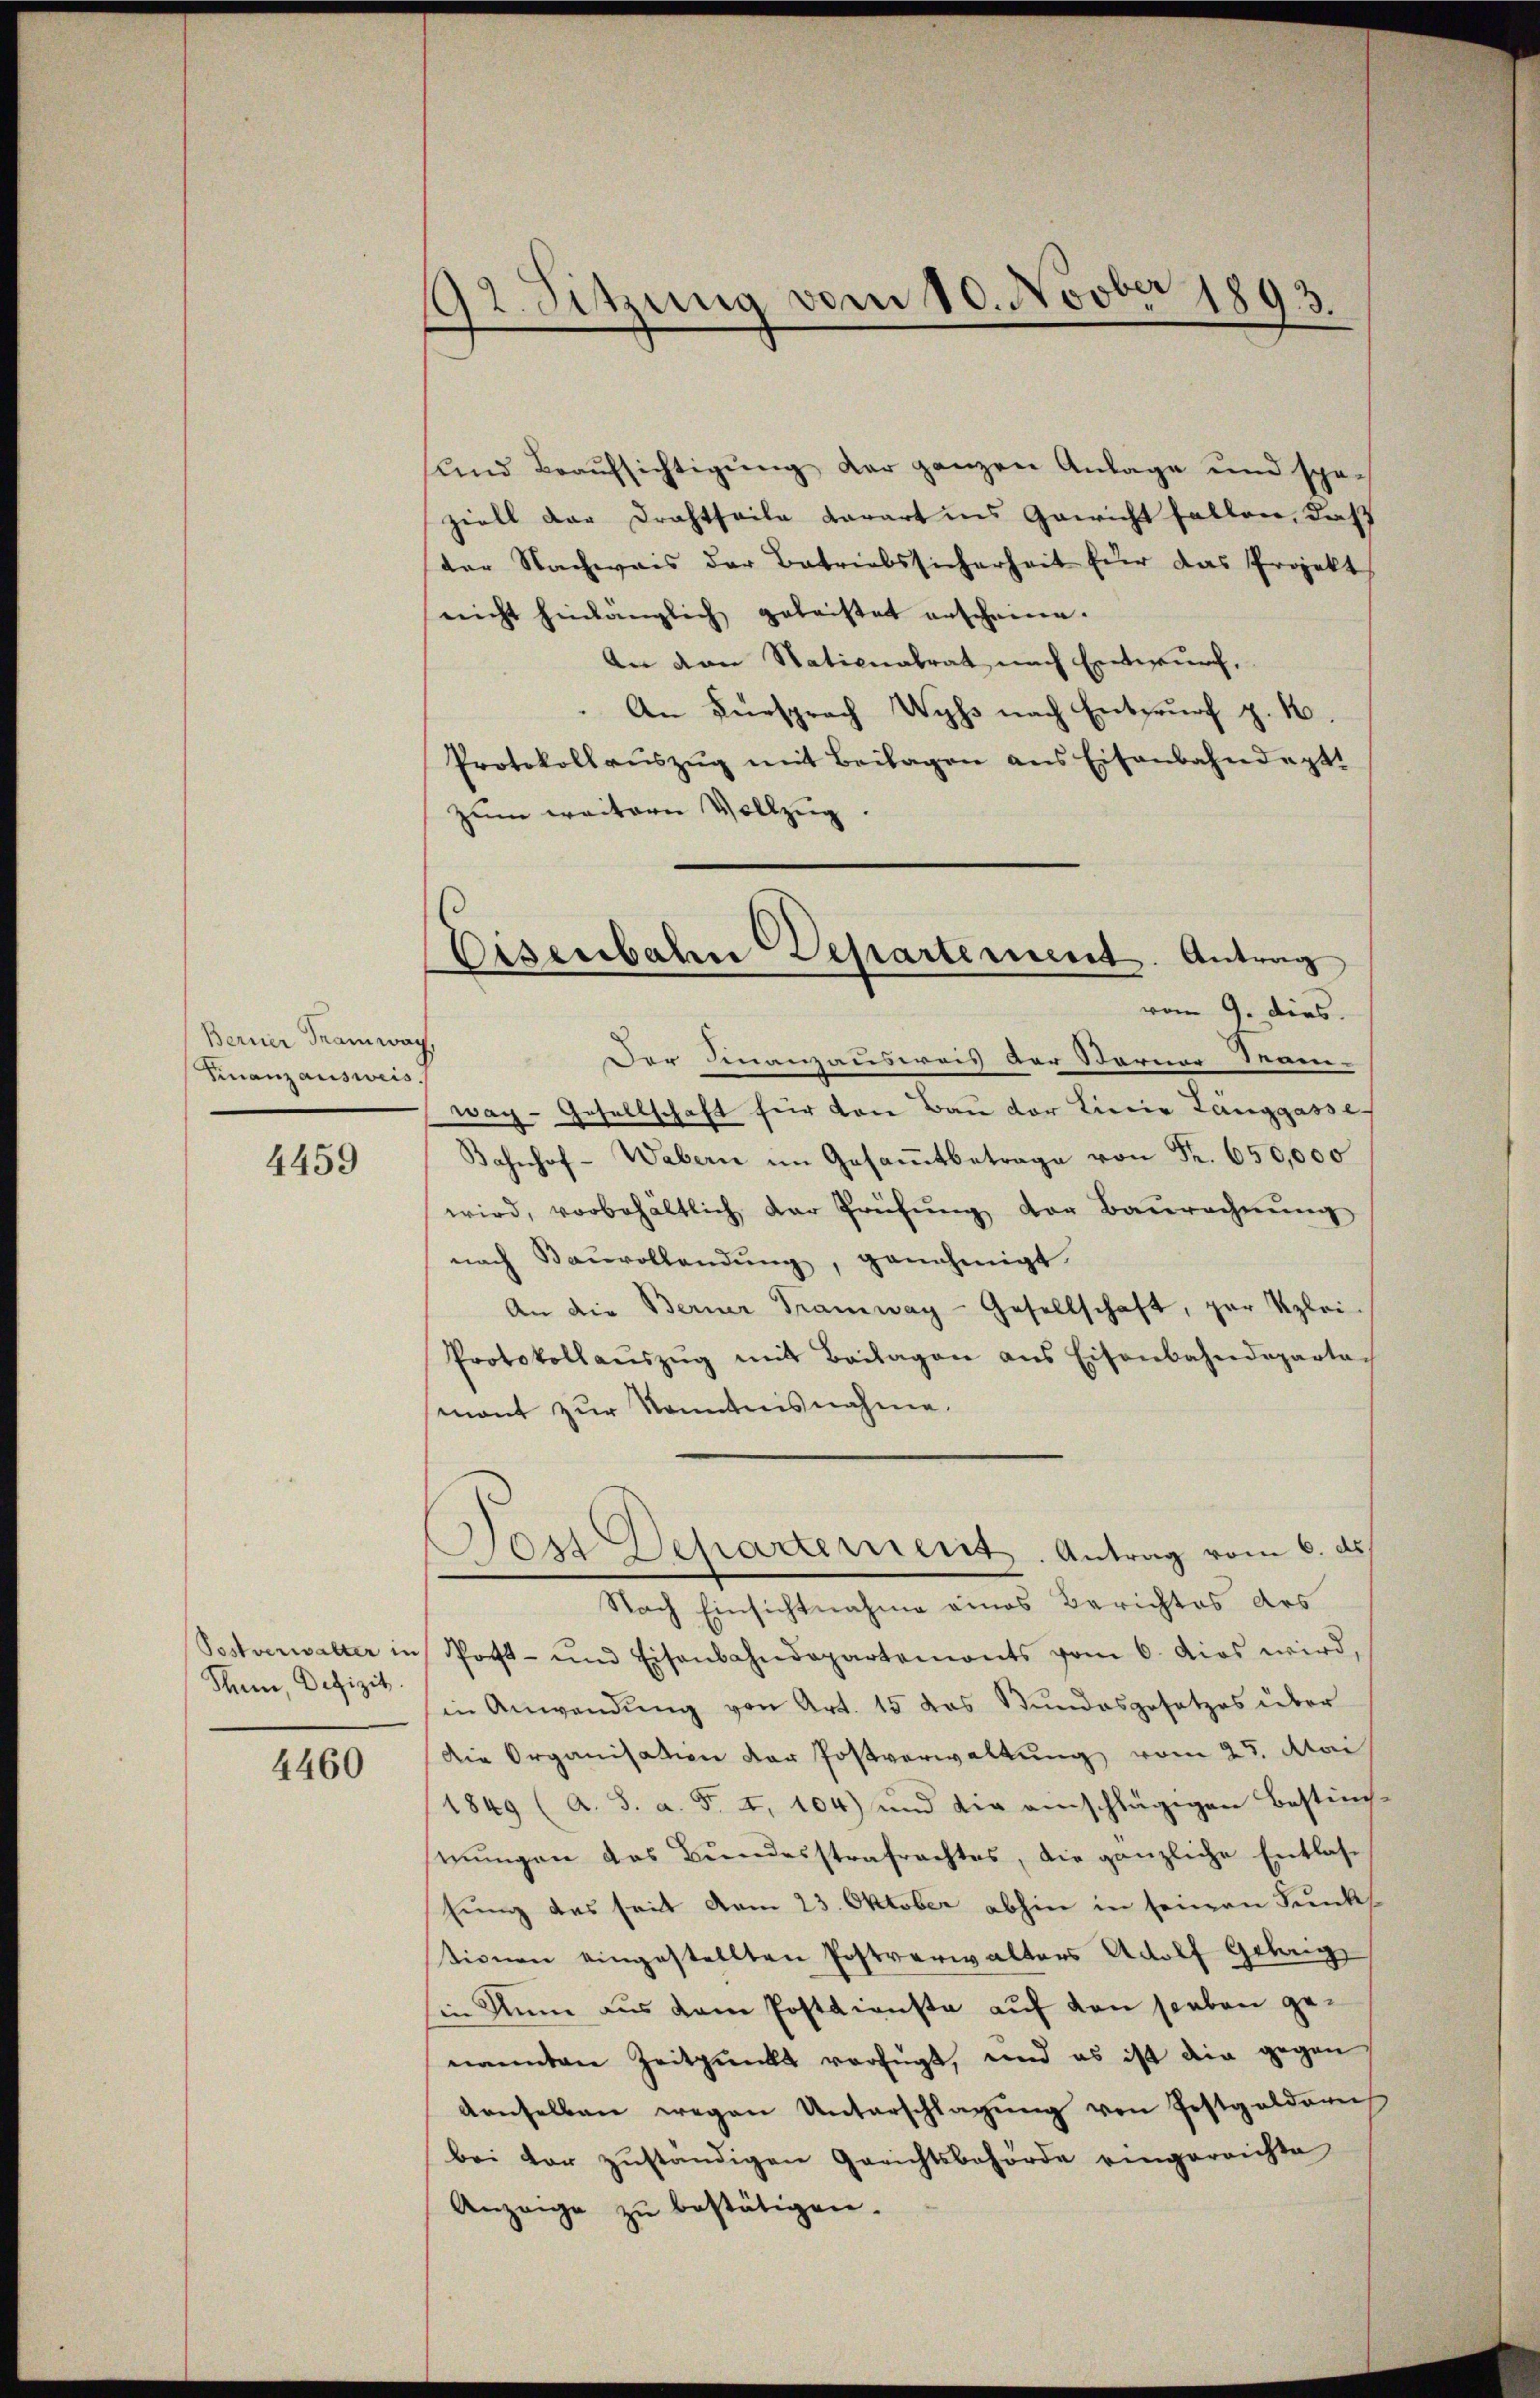
Berner Tramway,
Finanzausweis.

4459

Postverwalter in
Rhein, Defizit

4460

92. Sitzung vom 10. Novber 1893.

und Beaŭfsichtigŭng der ganzen Anlage und spä-
ziell der Drahtheile darart ins Gewicht fallen, daß
der Nachwais der Betriebssicherheit für das Projekt
nicht hinlänglich geleistet erscheine.
An den Stationalrat nach Entwurf,
An Fürsprach Wyss nach Entwurf z. 10.
Protokollaŭszŭg mit Beilagen ans Eisenbahndept.
zum weitern Vollzug
Der Finanzausweis der Sterner Man-
wag-Gesellschaft für von Bau der Linie Länggasse
Bahnhof-Wabern im Gesaṁtbetrage von Fr. 650,000
wird, vorbehältlich der Prüfŭng der Baŭrechnŭng
nach Bauvollendung, genehmigt.
An die Berner Tramway-Gesellschaft, par Klei-
Protokollaŭszŭg mit Beilagen ans Eisenbahndeparta-
mant zur Kenntnisnahme.
ost Departernerit. Antrag vom 6. ds.
1
Nach Einsichtnahme eines Berichtes des
Post- und Eisenbahndepartemonts vom 6. dies wird,
in Anwendung von Art. 15 das Bundesgesetzes über
Die Organisation der Postverwaltung vom 25. Mai
1849 (A. S. a. f. 4, 104) und die anschlägigen Bestim-
tŭngen das Bŭndesstrafrachtes, die gänzliche Entlas-
hung des seit vom 23. Oktober abhin in seinen Funktionen eingestellten Postverwalters Adolf Gelang
 Nun aus dem Postdienste auf den sieben genannten Zeitpunkt verfügt, und es ist die gegen
denselben wegen Unterschlagŭng von Postgeldern
bei der zŭständigen Gerichtsbehörde eingereichte
Anzeige zu bestätigen.

Eisenbahn Departement. Antrag
vom 9. dies